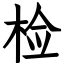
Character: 检